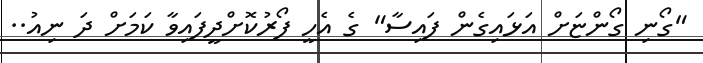
"ގޯނި ގޯންޏަށް އަޅައިގެން ފައިސާ" ގެ އެހީ ފޯރުކޮށްދީފައިވާ ކަމަށް ދަ ނިއު..